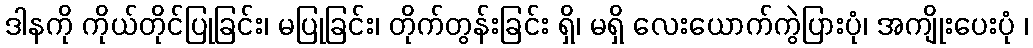
ဒါနကို ကိုယ်တိုင်ပြုခြင်း၊ မပြုခြင်း၊ တိုက်တွန်းခြင်း ရှိ၊ မရှိ လေးယောက်ကွဲပြားပုံ၊ အကျိုးပေးပုံ ၊